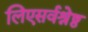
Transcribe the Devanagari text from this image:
लिएसर्वश्रेष्ठ